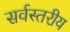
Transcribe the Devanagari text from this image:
सर्वस्तरीय